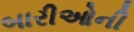
બારીઓની